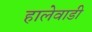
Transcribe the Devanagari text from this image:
हालेवाडी